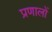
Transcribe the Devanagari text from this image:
प्रणालों